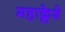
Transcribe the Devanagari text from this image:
महाक्लेशे